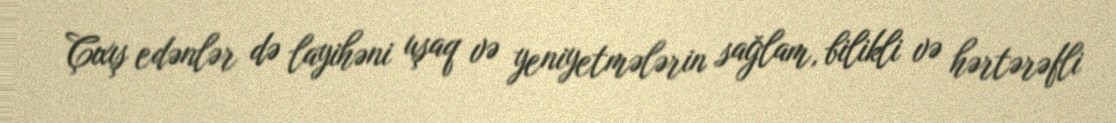
Çıxış edənlər də layihəni uşaq və yeniyetmələrin sağlam, bilikli və hərtərəfli